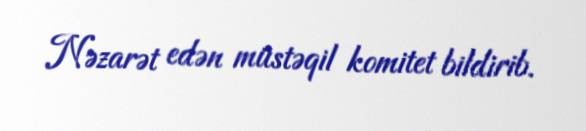
Nəzarət edən müstəqil komitet bildirib.